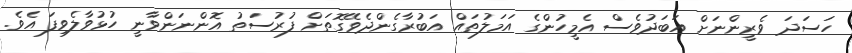
ހަސަދަ ވެރީންނަށް އަބަދުވެސް އެމީހުންގެ އަމަލުތައް އަބުރާގެންދެވޭގޮތަށް ފުރުސަތު އޮންނަންވާނީ ހުޅުވާލެވިފަ އެވެ.